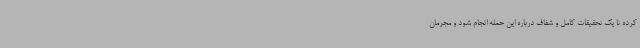
کرده تا یک تحقیقات کامل و شفاف درباره این حمله انجام شود و مجرمان